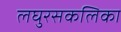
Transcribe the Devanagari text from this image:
लघुरसकलिका